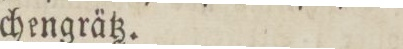
chengrätz.